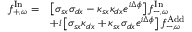
\begin{array} { r l } { f _ { + , \omega } ^ { \mathrm { I n } } = } & { \left[ \sigma _ { s x } \sigma _ { d x } - \kappa _ { s x } \kappa _ { d x } e ^ { i \Delta \phi } \right] f _ { - , \omega } ^ { \mathrm { I n } } } \\ & { + i \left[ \sigma _ { s x } \kappa _ { d x } + \kappa _ { s x } \sigma _ { d x } e ^ { i \Delta \phi } \right] f _ { - , \omega } ^ { \mathrm { A d d } } } \end{array}